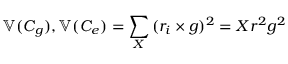
\mathbb { V } ( C _ { g } ) , \mathbb { V } ( C _ { e } ) = \sum _ { X } { ( r _ { i } \times g ) ^ { 2 } } = X r ^ { 2 } g ^ { 2 }